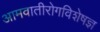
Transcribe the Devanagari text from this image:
आमवातीरोगविशेषज्ञ